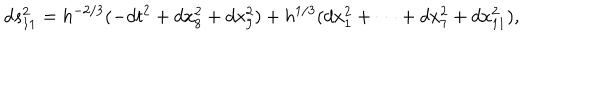
LaTeX: d s _ { 1 1 } ^ { 2 } = h ^ { - 2 / 3 } ( - d t ^ { 2 } + d x _ { 8 } ^ { 2 } + d x _ { 9 } ^ { 2 } ) + h ^ { 1 / 3 } ( d x _ { 1 } ^ { 2 } + \cdots + d x _ { 7 } ^ { 2 } + d x _ { 1 1 } ^ { 2 } ) ,